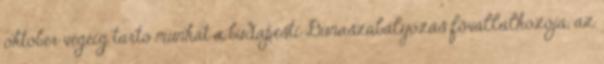
október végéig tartó munkát a budapesti Dunaszabályozás fõvállalkozója, az